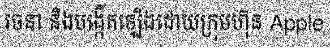
រចនា និងបង្កើតឡើងដោយក្រុមហ៊ុន Apple